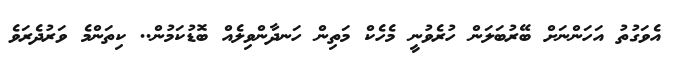
އެވަގުތު އަހަންނަށް ބޭރުބަލަން ހުރެވުނީ މެހެކް މަތިން ހަނދާންވިލެއް ބޮޑުކަމުން.. ކިތަންމެ ވަރުދެރަވެ